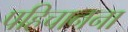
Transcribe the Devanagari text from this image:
पहिचानना